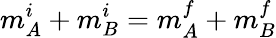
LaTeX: m_{A}^{i}+m_{B}^{i}=m_{A}^{f}+m_{B}^{f}